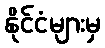
နိုင်ငံများမှ